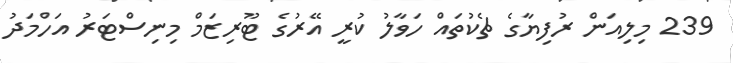
239 މިލިއަން ރުފިޔާގެ ޗެކުތައް ހަވާލު ކުރީ އޭރުގެ ޓޫރިޒަމް މިނިސްޓަރު އަހްމަދު